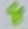
Text: 8